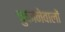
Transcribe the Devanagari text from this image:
चुकानेवालों